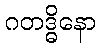
ဂတဒ္ဓိနော